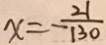
x = - \frac { 2 1 } { 1 3 0 }